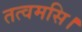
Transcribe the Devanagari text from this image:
तत्वमसि।